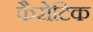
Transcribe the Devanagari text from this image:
कैरोटिक